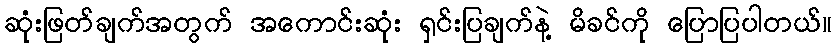
ဆုံးဖြတ်ချက်အတွက် အကောင်းဆုံး ရှင်းပြချက်နဲ့ မိခင်ကို ပြောပြပါတယ်။